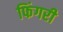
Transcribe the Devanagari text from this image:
फिंगरी